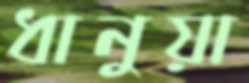
ধানুয়া